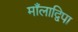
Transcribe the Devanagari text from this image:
माँलाद्विपा